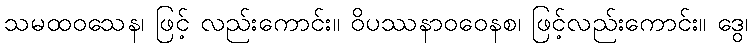
သမထဝသေန၊ ဖြင့် လည်းကောင်း။ ဝိပဿနာဝဝေနစ၊ ဖြင့်လည်းကောင်း။ ဒွေ၊